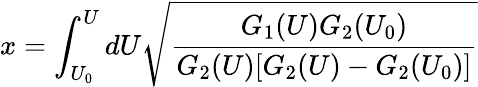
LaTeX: x=\int_{U_{0}}^{U}dU\sqrt{\frac{G_{1}(U)G_{2}(U_{0})}{G_{2}(U)[G_{2}(U)-G_{2}(U_{0})]}}